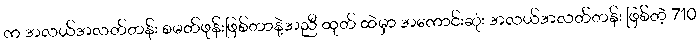
က အလယ်အလတ်တန်း စမတ်ဖုန်းဖြစ်တာနဲ့အညီ ထုတ် ထဲမှာ အကောင်းဆုံး အလယ်အလတ်တန်း ဖြစ်တဲ့ 710